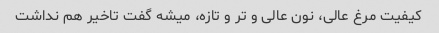
کیفیت مرغ عالی، نون عالی و تر و تازه، میشه گفت تاخیر هم نداشت